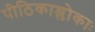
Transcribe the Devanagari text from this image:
पीठिकाश्लोकाः